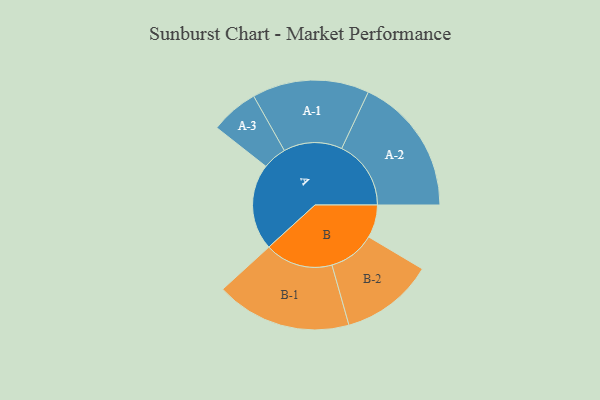
{"axis": {"x": "Segment", "y": "Value"}, "legend": ["", "A", "B"], "data": [{"x": "A", "y": 367, "type": ""}, {"x": "B", "y": 140, "type": ""}, {"x": "A-1", "y": 249, "type": "A"}, {"x": "A-2", "y": 295, "type": "A"}, {"x": "A-3", "y": 102, "type": "A"}, {"x": "B-1", "y": 289, "type": "B"}, {"x": "B-2", "y": 198, "type": "B"}]}